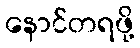
နောင်တရဖို့